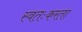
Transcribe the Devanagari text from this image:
स्वतःकरता